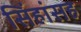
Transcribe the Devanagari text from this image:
सिंहांसह